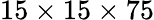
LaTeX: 15\times 15\times 75